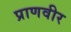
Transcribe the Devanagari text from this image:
प्राणवीर